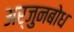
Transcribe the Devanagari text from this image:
अर्जुनबोध